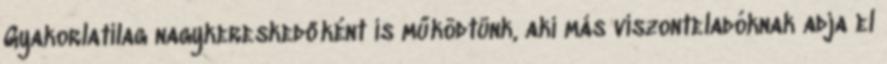
Gyakorlatilag nagykereskedőként is működtünk, aki más viszonteladóknak adja el